system: You are a helpful assistant.
user:
Analyze the provided spectrum to determine if it is a **S-type Star**.

- **Key Indicators for S-type Star:**

    - **(Overall Spectrum Shape):** The first and most obvious characteristic is the overall continuum (the "baseline" shape). It is **extremely "red-sloping,"** meaning the flux (light intensity) is very low on the left side (blue, ~4000-4500 Å) and rises steeply and continuously toward the right side (red, ~7000 Å+).

    - **(Primary):** The spectrum is defined by the presence of strong, broad molecular absorption "valleys" (bands) from **Zirconium Oxide (ZrO)**. The identification of these bands is the **primary requirement** for classifying a star as S-type.
        - **(Key Bandheads):** You must find distinct, deep "dips" where the light has been absorbed. The most critical band systems to locate are:
            - **~6474 Å** ($\gamma$-system): This is often the strongest and clearest ZrO feature, found in the red part of the spectrum.
            - **~5718 Å** & **~5551 Å** ($\beta$-system): A pair of prominent absorption features in the yellow-orange part of the spectrum.
            - **~4640 Å** ($\alpha$-system): A key absorption band system in the blue-green region of the spectrum.

    - **(Secondary Confirmation):** The classification is strengthened by finding additional absorption bands from other related heavy element oxides, which are expected to be present alongside ZrO.
        - **(Key Bandheads):**
            - **Yttrium Oxide (YO):** Look for absorption dips near **~4800 Å** and **~6100 Å**.
            - **Lanthanum Oxide (LaO):** Additional absorption features, particularly in the red-orange part of the spectrum, are also characteristic.

    - **(Line Profile):** The combination of the steep red continuum and these numerous, deep molecular bands (ZrO, YO, etc.) gives the entire spectrum a very **"chopped-up"** or **"bumpy"** appearance. Instead of a smooth curve, the spectrum looks as though large, wide chunks of light have been "carved out" of it at the specific wavelengths listed above.

Think first, call **spectral_visualization_tool** if needed to examine features in detail, then provide your final answer. Your response must adhere to the following strict rules:
1.  **Overall Structure:** Your response must follow the format `<think>...</think> <tool_call>...</tool_call> (if a tool is used) <answer>...</answer>`.
2.  **Tool Usage Constraint:** You may only make **one** tool call per turn.
3.  **Final Answer Format:** In the `<answer>` tag, your conclusion must be inside a `\boxed{}` command (e.g., `\boxed{YES}` or `\boxed{NO}`), followed by your justification.

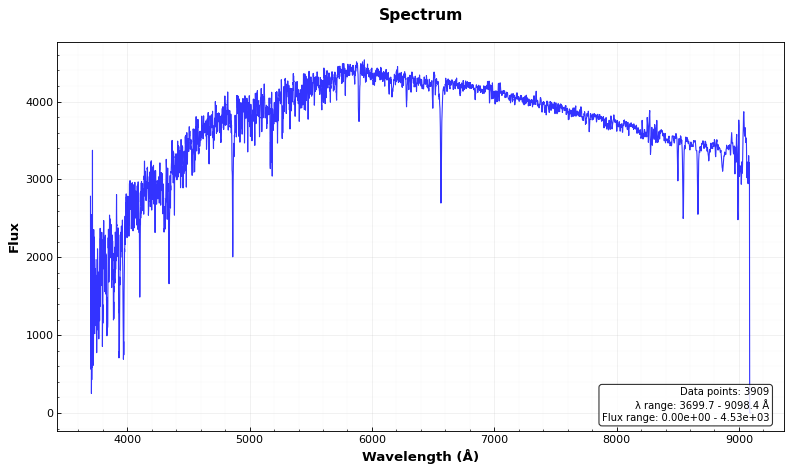
Answer: NO